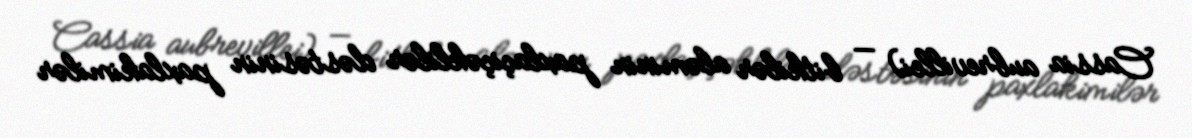
Cassia aubrevillei) — bitkilər aləminin paxlaçiçəklilər dəstəsinin paxlakimilər